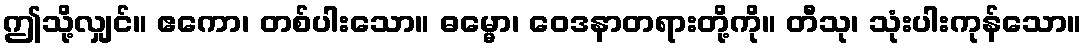
ဤသို့လျှင်။ ဧကော၊ တစ်ပါးသော။ ဓမ္မော၊ ဝေဒနာတရားတို့ကို။ တီသု၊ သုံးပါးကုန်သော။